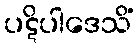
ပဋိပါဒေသိံ